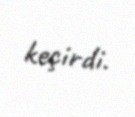
keçirdi.